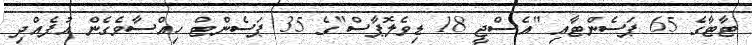
ޓާޓާގެ 65 ޕަސެންޓާއި "އެސްޖީ 18 ޑިވެލޮޕާސް"ގެ 35 ޕަސެންޓް ހިއްސާވެގެން އުފެއްދި